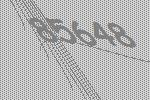
85648